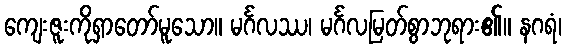
ကျေးဇူးကိုရှာတော်မူသော။ မင်္ဂလဿ၊ မင်္ဂလမြတ်စွာဘုရား၏။ နဂရံ၊